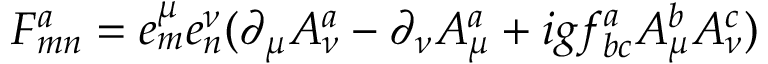
F _ { m n } ^ { a } = e _ { m } ^ { \mu } e _ { n } ^ { \nu } ( \partial _ { \mu } A _ { \nu } ^ { a } - \partial _ { \nu } A _ { \mu } ^ { a } + i g f _ { b c } ^ { a } A _ { \mu } ^ { b } A _ { \nu } ^ { c } )